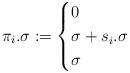
LaTeX: \begin{align*}\pi_i . \sigma := \begin{cases}0 & \\\sigma + s_i.\sigma & \\\sigma & \end{cases}\end{align*}